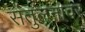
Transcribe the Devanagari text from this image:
संतुलनावर